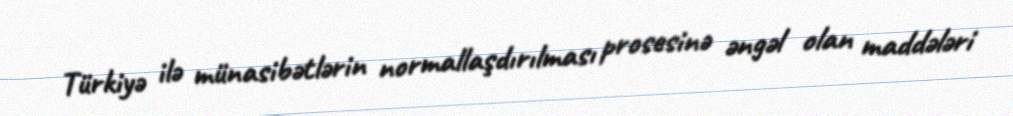
Türkiyə ilə münasibətlərin normallaşdırılması prosesinə əngəl olan maddələri